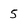
Character: 5